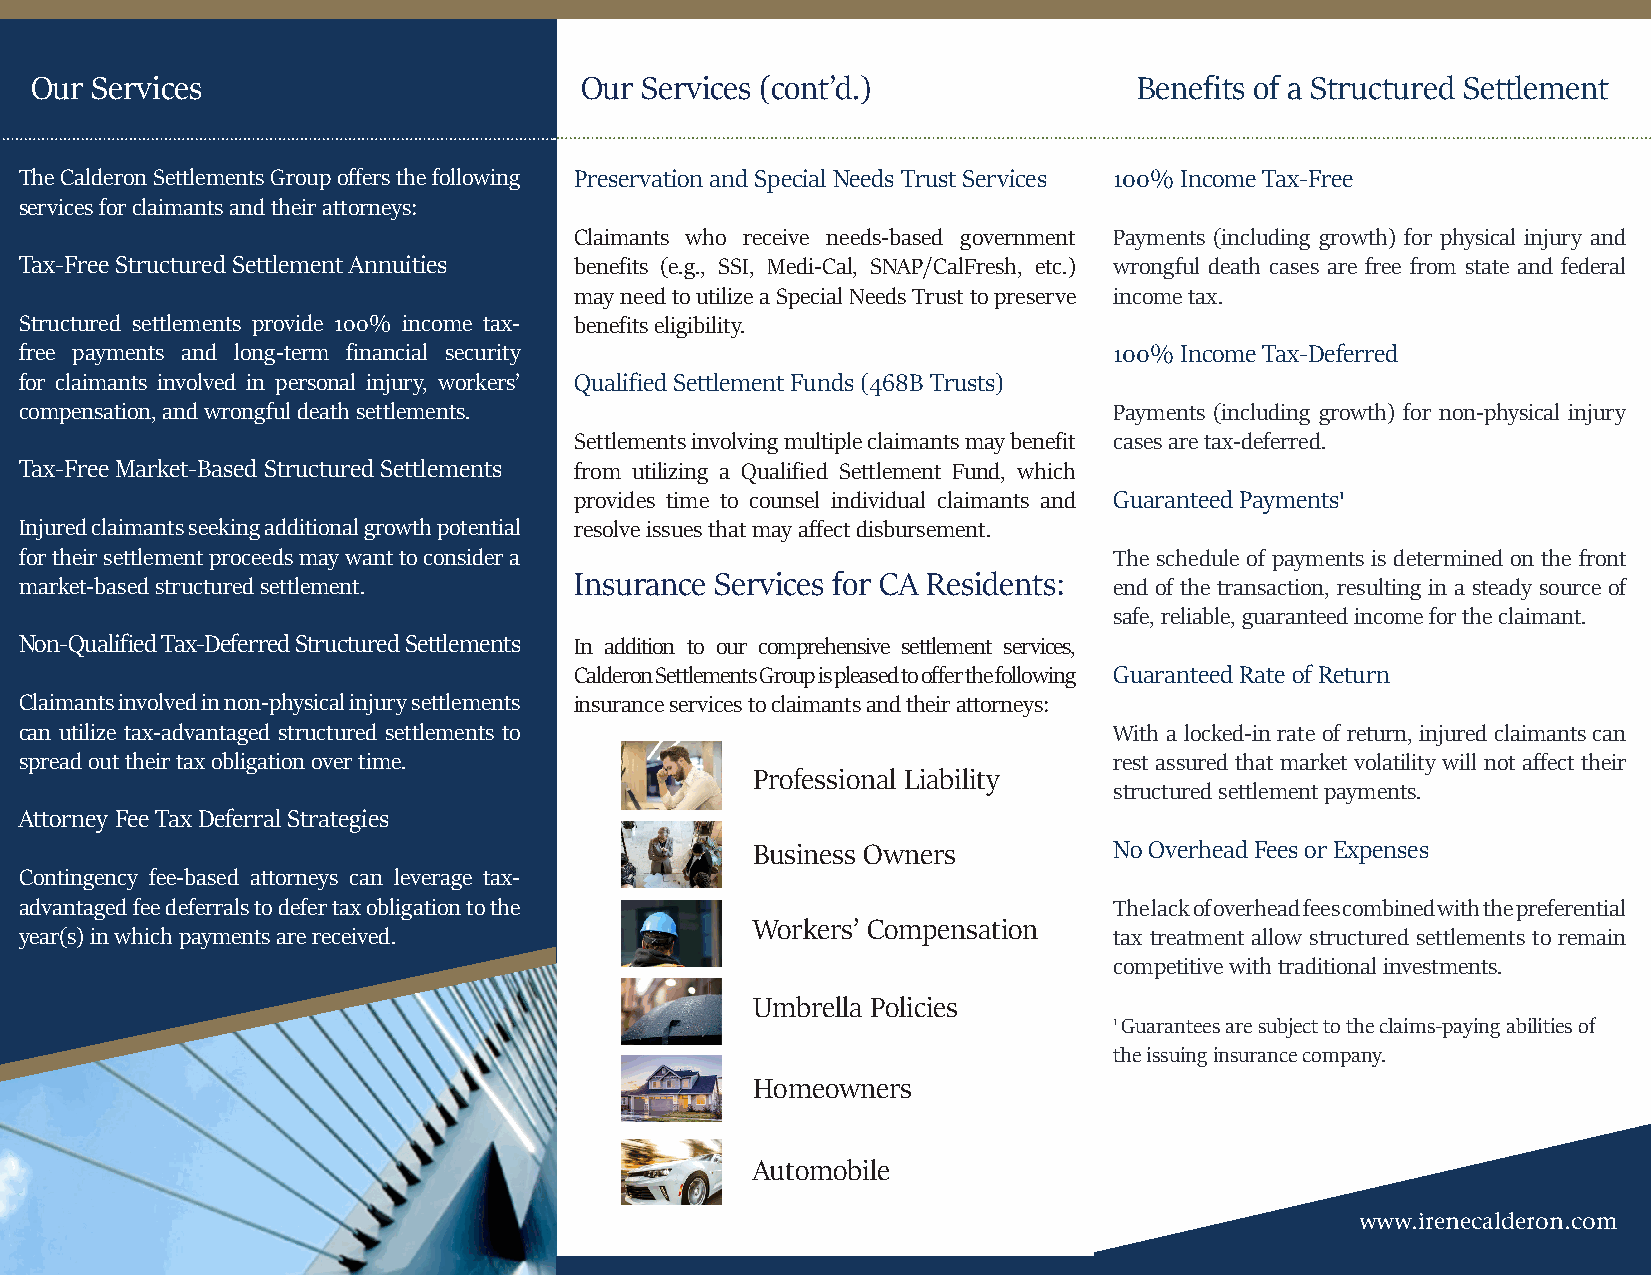
Our Services                        Our Services (cont’d.)               Benefits of a Structured Settlement
 The Calderon Settlements Group offers the following Preservation and Special Needs Trust Services 100% Income Tax-Free
 services for claimants and their attorneys:
 Claimants who receive needs-based government Payments (including growth) for physical injury and
 Tax-Free Structured Settlement Annuities benefits (e.g., SSI, Medi-Cal, SNAP/CalFresh, etc.) wrongful death cases are free from state and federal
 may need to utilize a Special Needs Trust to preserve income tax.
 Structured settlements provide 100% income tax- benefits eligibility.
 free payments and long-term financial security                           100% Income Tax-Deferred
 for claimants involved in personal injury, workers’ Qualified Settlement Funds (468B Trusts)
 compensation, and wrongful death settlements.                            Payments (including growth) for non-physical injury
 Settlements involving multiple claimants may benefit cases are tax-deferred.
 Tax-Free Market-Based Structured Settlements from utilizing a Qualified Settlement Fund, which
 provides time to counsel individual claimants and Guaranteed Payments1
 Injured claimants seeking additional growth potential resolve issues that may affect disbursement.
 for their settlement proceeds may want to consider a                     The schedule of payments is determined on the front
 market-based structured settlement.  Insurance Services for CA Residents: end of the transaction, resulting in a steady source of
 safe, reliable, guaranteed income for the claimant.
 Non-Qualified Tax-Deferred Structured Settlements In addition to our comprehensive settlement services,
 Calderon Settlements Group is pleased to offer the following Guaranteed Rate of Return
 Claimants involved in non-physical injury settlements insurance services to claimants and their attorneys:
 can utilize tax-advantaged structured settlements to                     With a locked-in rate of return, injured claimants can
 spread out their tax obligation over time.                               rest assured that market volatility will not affect their
 Professional Liability
 structured settlement payments.
 Attorney Fee Tax Deferral Strategies
 Business Owners         No Overhead Fees or Expenses
 Contingency fee-based attorneys can leverage tax-
 advantaged fee deferrals to defer tax obligation to the                  The lack of overhead fees combined with the preferential
 Workers’ Compensation
 year(s) in which payments are received.                                  tax treatment allow structured settlements to remain
 competitive with traditional investments.
 Umbrella Policies
 1 Guarantees are subject to the claims-paying abilities of
 the issuing insurance company.
 Homeowners
 Automobile
 www.irenecalderon.com